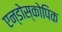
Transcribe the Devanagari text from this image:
एन्डोस्कोपिक